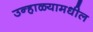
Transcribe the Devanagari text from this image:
उन्हाळ्यामधील